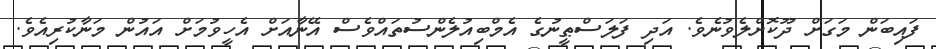
ފައިބަން މަގަށް ދޫކޮށްލެވުނެވެ. އަދި ފަލަސްޠީނުގެ އެމްބިއުލެންސުތައްވެސް އޭނާއަށް އެހީވުމަށް އައުން މަނާކުރިއެވެ.